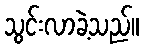
သွင်းလာခဲ့သည်။